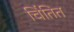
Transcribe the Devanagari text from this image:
चिंतित